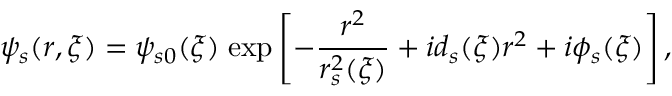
\psi _ { s } ( r , \xi ) = \psi _ { s 0 } ( \xi ) \; \mathrm { e x p } \left[ - \frac { r ^ { 2 } } { r _ { s } ^ { 2 } ( \xi ) } + i d _ { s } ( \xi ) r ^ { 2 } + i \phi _ { s } ( \xi ) \right] ,